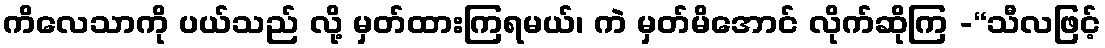
ကိလေသာကို ပယ်သည် လို့ မှတ်ထားကြရမယ်၊ ကဲ မှတ်မိအောင် လိုက်ဆိုကြ -“သီလဖြင့်